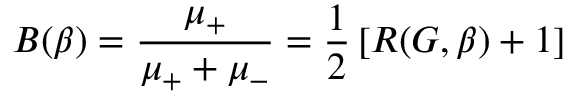
B ( \beta ) = \frac { \mu _ { + } } { \mu _ { + } + \mu _ { - } } = \frac { 1 } { 2 } \left[ R ( G , \beta ) + 1 \right]